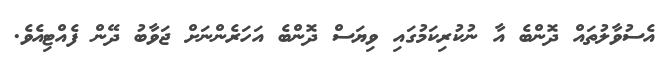
އެސުވާލުތައް ދޮންބެ އާ ނުކުރިކަމުގައި ވިޔަސް ދޮންބެ އަހަރެންނަށް ޖަވާބު ދޭން ފެއްޓިއެވެ.